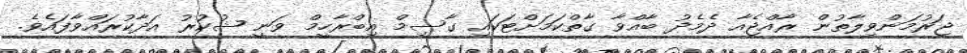
ޖަރުމަންވިލާތުން ރާއްޖެއާ ދެމެދު ބާއްވާ ގާތްކަމަށްޓަކައި ގާސިމް އިބްރާހީމް ވަނީ ޝުކުރު އަދާކުރައްވާފައެވެ.